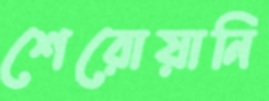
শেরোয়ানি